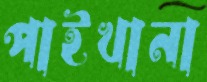
পাইখানা